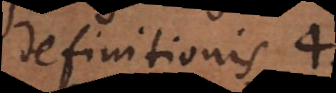
definitionis 4.